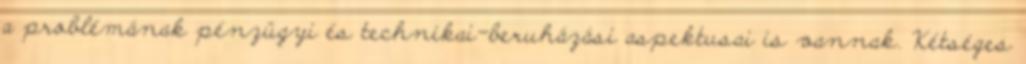
a problémának pénzügyi és technikai-beruházási aspektusai is vannak. Kétséges